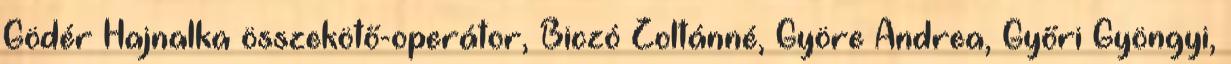
Gödér Hajnalka összekötő-operátor, Biczó Zoltánné, Györe Andrea, Győri Gyöngyi,